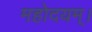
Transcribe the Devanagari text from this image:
महोदयम्।